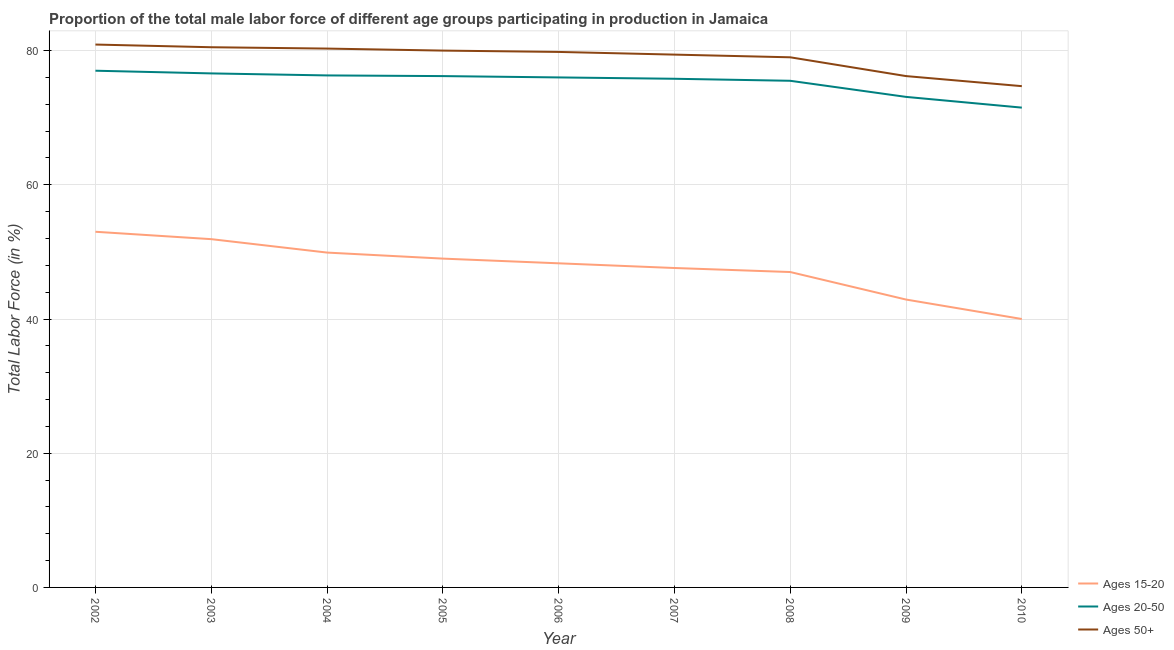
| Year | Ages 15-20 | Ages 20-50 | Ages 50+ |
 | --- | --- | --- | --- |
 | 2002 | 53 | 77 | 80.9 |
 | 2003 | 51.9 | 76.6 | 80.5 |
 | 2004 | 49.9 | 76.3 | 80.3 |
 | 2005 | 49 | 76.2 | 80 |
 | 2006 | 48.3 | 76 | 79.8 |
 | 2007 | 47.6 | 75.8 | 79.4 |
 | 2008 | 47 | 75.5 | 79 |
 | 2009 | 42.9 | 73.1 | 76.2 |
 | 2010 | 40 | 71.5 | 74.7 |